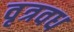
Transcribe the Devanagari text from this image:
वृत्रवध